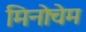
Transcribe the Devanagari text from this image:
मिनोचेम